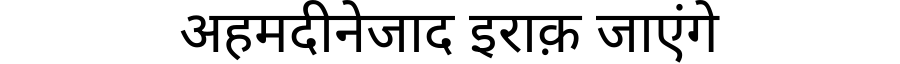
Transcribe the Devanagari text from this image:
अहमदीनेजाद इराक़ जाएंगे